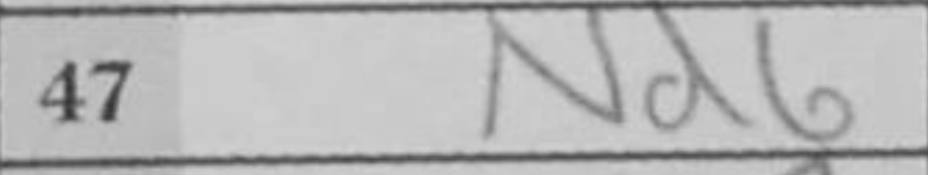
Transcription: Nd6